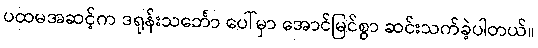
ပထမအဆင့်က ဒရုန်းသင်္ဘော ပေါ်မှာ အောင်မြင်စွာ ဆင်းသက်ခဲ့ပါတယ်။